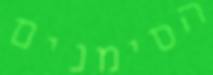
הסימנים